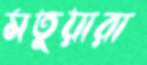
মতুয়ারা